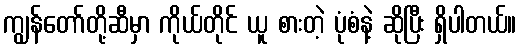
ကျွန်တော်တို့ဆီမှာ ကိုယ်တိုင် ယူ စားတဲ့ ပုံစံနဲ့ ဆိုပြီး ရှိပါတယ်။